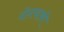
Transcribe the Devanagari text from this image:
दोनचाकी